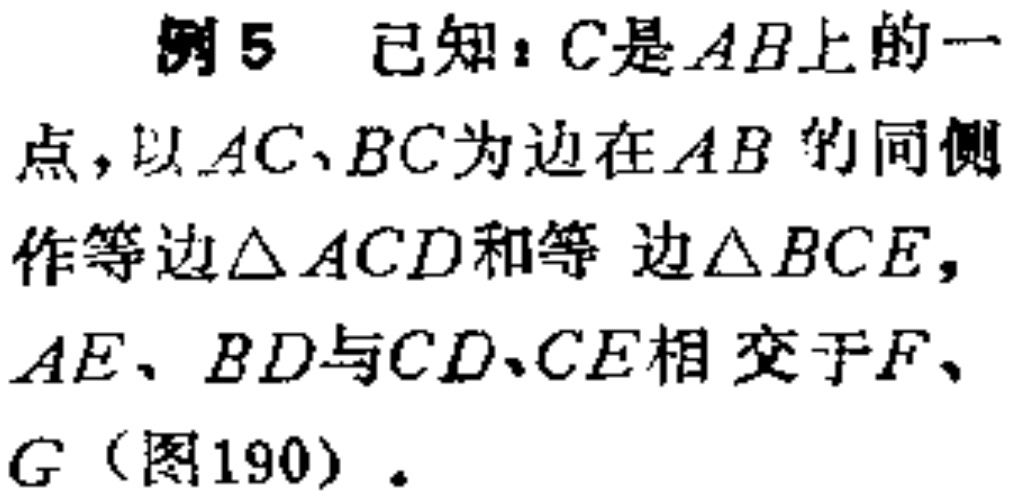
例5 已知：$C$是$AB$上的一点，以$AC、BC$为边在$AB$的同侧作等边$\triangle ACD$和等边$\triangle BCE$，$AE、BD$与$CD、CE$相交于$F、G$（图190）。